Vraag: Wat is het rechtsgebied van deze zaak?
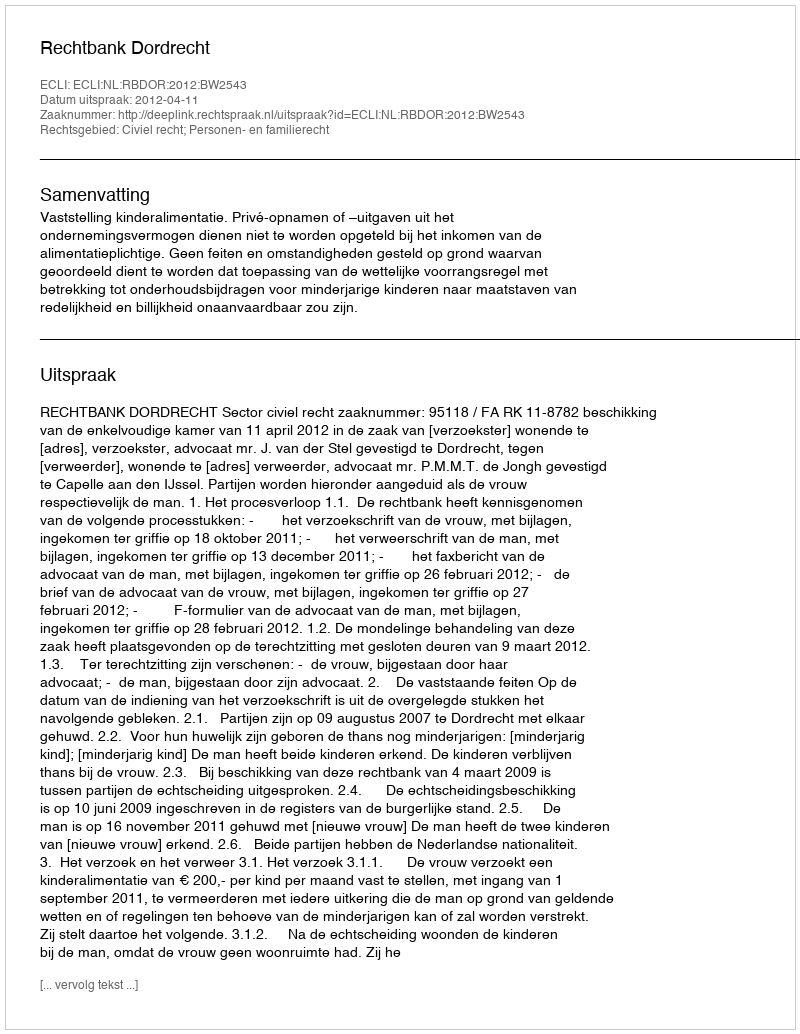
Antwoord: Civiel recht; Personen- en familierecht